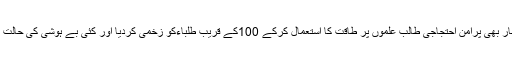
پولیس نے اس بار بھی پرامن احتجاجی طالب علموں پر طاقت کا استعمال کرکے 100کے قریب طلباءکو زخمی کردیا اور کئی بے ہوشی کی حالت میں پائے گئے۔